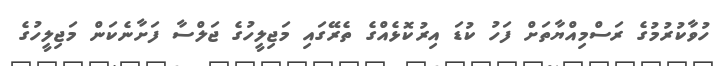
ހުވާކުރުމުގެ ރަސްމިއްޔާތަށް ފަހު ކުޑަ އިރުކޮޅެއްގެ ތެރޭގައި މަޖިލީހުގެ ޖަލްސާ ފަށާނެކަން މަޖިލީހުގެ